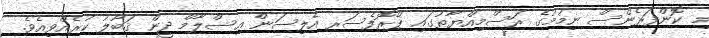
މި ކޮންފަރެންސް ނިމުމުގެ ރަސްމިއްޔާތުގައި ޕްރޮފެސަރ އެލިސަން އިސްލާމް ދީން ޤަބޫލު ކުރެއްވިއެވެ.